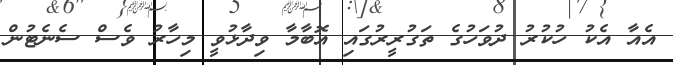
އެއާ އެކު ހުކުރު ދުވަހުގެ ތަގުރީރުގައި އޮބާމާ ވިދާޅުވީ މިހާރު ވެސް ސެނެޓުން